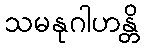
သမနုဂါဟန္တိ